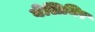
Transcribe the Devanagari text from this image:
वेलिमिर